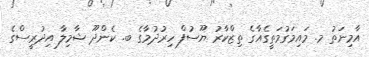
އާމިނަތު މ. މައިމަގުމަތީގެއާގެ ތިޒްކާރު ޔޫސުފް ހިރުދުމާގެ ބ. ކެންދޫ ޝާމިލާ އިދުރީސްގެ